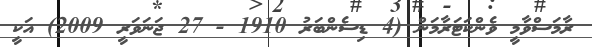
ރާމަސްވާމީ ވެންކަޓަރާމަން (4 ޑިސެންބަރު 1910 - 27 ޖަނަވަރީ 2009) އަކީ